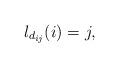
LaTeX: \begin{align*}l_{d_{ij}}(i)=j,\end{align*}